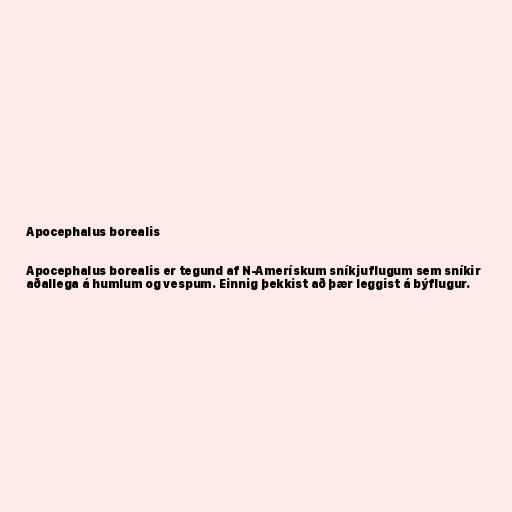
Apocephalus borealis

Apocephalus borealis er tegund af N-Amerískum sníkjuflugum sem sníkir
aðallega á humlum og vespum. Einnig þekkist að þær leggist á býflugur.